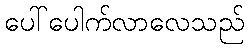
ပေါ်ပေါက်လာလေသည်